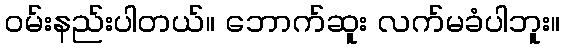
ဝမ်းနည်းပါတယ်။ ဘောက်ဆူး လက်မခံပါဘူး။